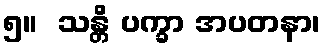
၅။  သန္တိ ပက္ခာ အပတနာ၊